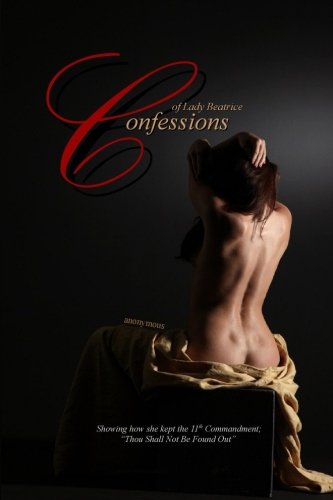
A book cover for Confessions of Lady Beatrice; Anonymous; Romance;